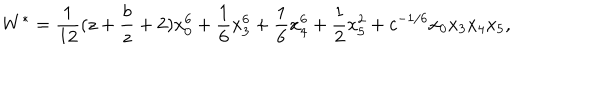
W ^ { \ast } = \frac { 1 } { 1 2 } ( z + \frac { b } { z } + 2 ) x _ { 0 } ^ { 6 } + \frac { 1 } { 6 } x _ { 3 } ^ { 6 } + \frac { 1 } { 6 } x _ { 4 } ^ { 6 } + \frac { 1 } { 2 } x _ { 5 } ^ { 2 } + c ^ { - 1 / 6 } x _ { 0 } x _ { 3 } x _ { 4 } x _ { 5 } ,